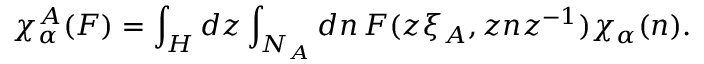
\chi _ { \alpha } ^ { A } ( F ) = \int _ { H } d z \int _ { N _ { A } } d n \, F ( z \xi _ { A } , z n z ^ { - 1 } ) \chi _ { \alpha } ( n ) .